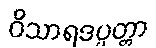
ဝိသာရဒပ္ပတ္တာ